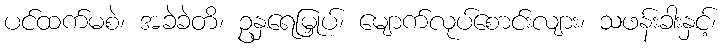
ပင်ထက်မစဲ၊ အခဲခဲတိ၊ ဥနှရေမြှုပ်၊ မျောက်လုပ်စောင်းလျား၊ သဖန်းခါးနှင့်၊